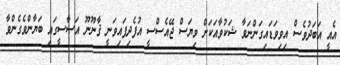
އެއީ އަބަދުވެސް އިވިވަޑައިގަންނަވާ ޝަކުވާއަކަށް ވިޔަސް ޖޭއެސްސީ އުފެދިފައިވަނީ ޤާނޫނޫ އަސާސީގައި ބަޔާންވެގެންވާ